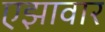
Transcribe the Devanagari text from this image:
एझावार